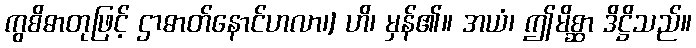
ကွစိဓာတုဖြင့် ဌာဓာတ်နောင်ဟလာ၊] ဟိ၊ မှန်၏။ အယံ၊ ဤမိစ္ဆာ ဒိဋ္ဌိသည်။